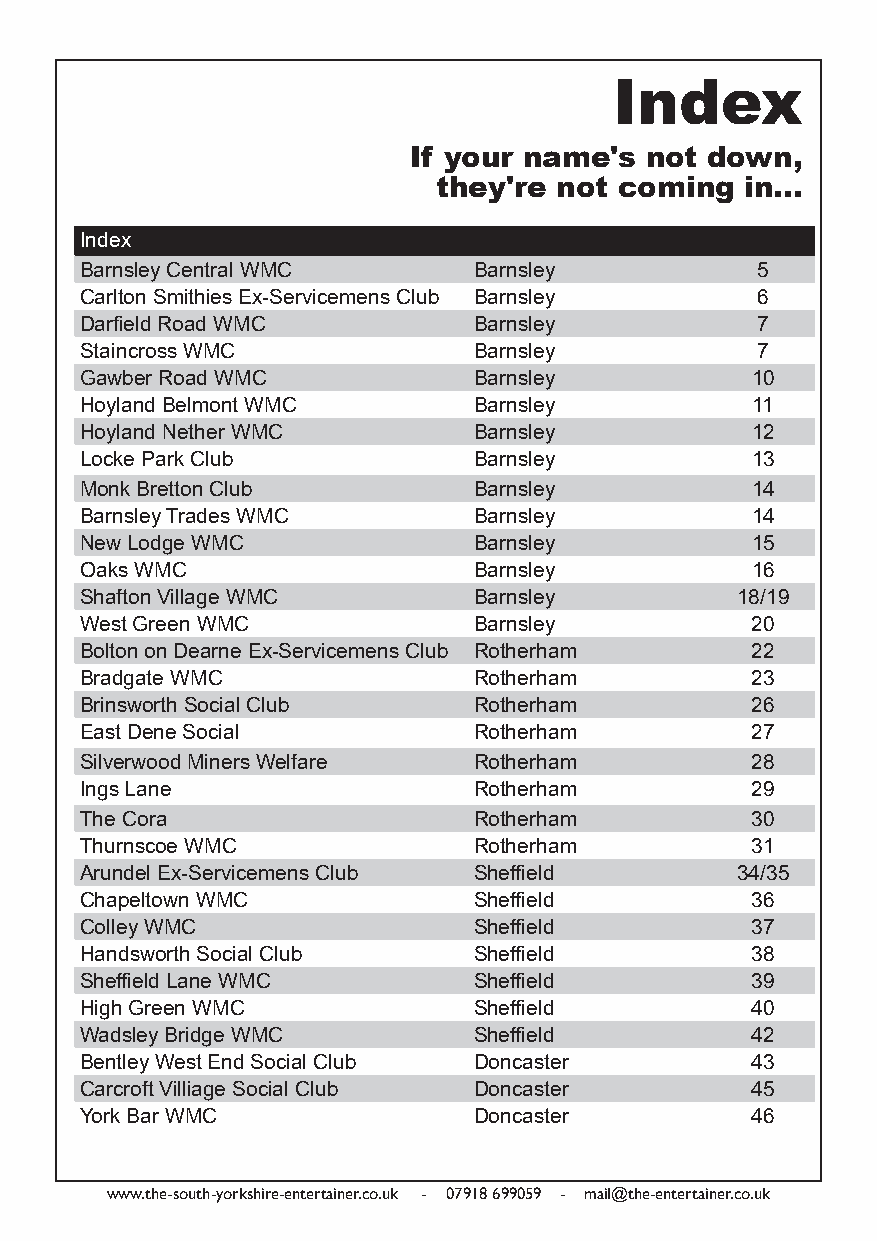
Index
 If your name's  not down,
 they're not coming  in...
 Index
 Barnsley Central WMC      Barnsley           5
 Carlton Smithies Ex-Servicemens Club Barnsley 6
 Darfield Road WMC         Barnsley           7
 Staincross WMC            Barnsley           7
 Gawber Road WMC           Barnsley           10
 Hoyland Belmont WMC       Barnsley           11
 Hoyland Nether WMC        Barnsley           12
 Locke Park Club           Barnsley           13
 Monk Bretton Club         Barnsley           14
 Barnsley Trades WMC       Barnsley           14
 New Lodge WMC             Barnsley           15
 Oaks WMC                  Barnsley           16
 Shafton Village WMC       Barnsley          18/19
 West Green WMC            Barnsley           20
 Bolton on Dearne Ex-Servicemens Club Rotherham 22
 Bradgate WMC              Rotherham          23
 Brinsworth Social Club    Rotherham          26
 East Dene Social          Rotherham          27
 Silverwood Miners Welfare Rotherham          28
 Ings Lane                 Rotherham          29
 The Cora                  Rotherham          30
 Thurnscoe WMC             Rotherham          31
 Arundel Ex-Servicemens Club Sheffield       34/35
 Chapeltown WMC            Sheffield          36
 Colley WMC                Sheffield          37
 Handsworth Social Club    Sheffield          38
 Sheffield Lane WMC        Sheffield          39
 High Green WMC            Sheffield          40
 Wadsley Bridge WMC        Sheffield          42
 Bentley West End Social Club Doncaster       43
 Carcroft Villiage Social Club Doncaster      45
 York Bar WMC              Doncaster          46
 www.the-south-yorkshire-entertainer.co.uk - 07918 699059 - mail@the-entertainer.co.uk